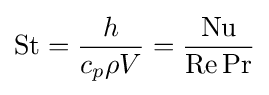
\mathrm {St} ={\frac {h}{c_{p}\rho V}}={\frac {\mathrm {Nu} }{\mathrm {Re} \,\mathrm {Pr} }}